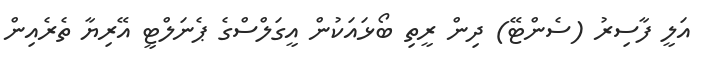
އަލީ ފާސިރު (ސެންޓޭ) ދިން ރީތި ބޯޅައަކުން އީގަލްސްގެ ޕެނަލްޓީ އޭރިޔާ ތެރެއިން